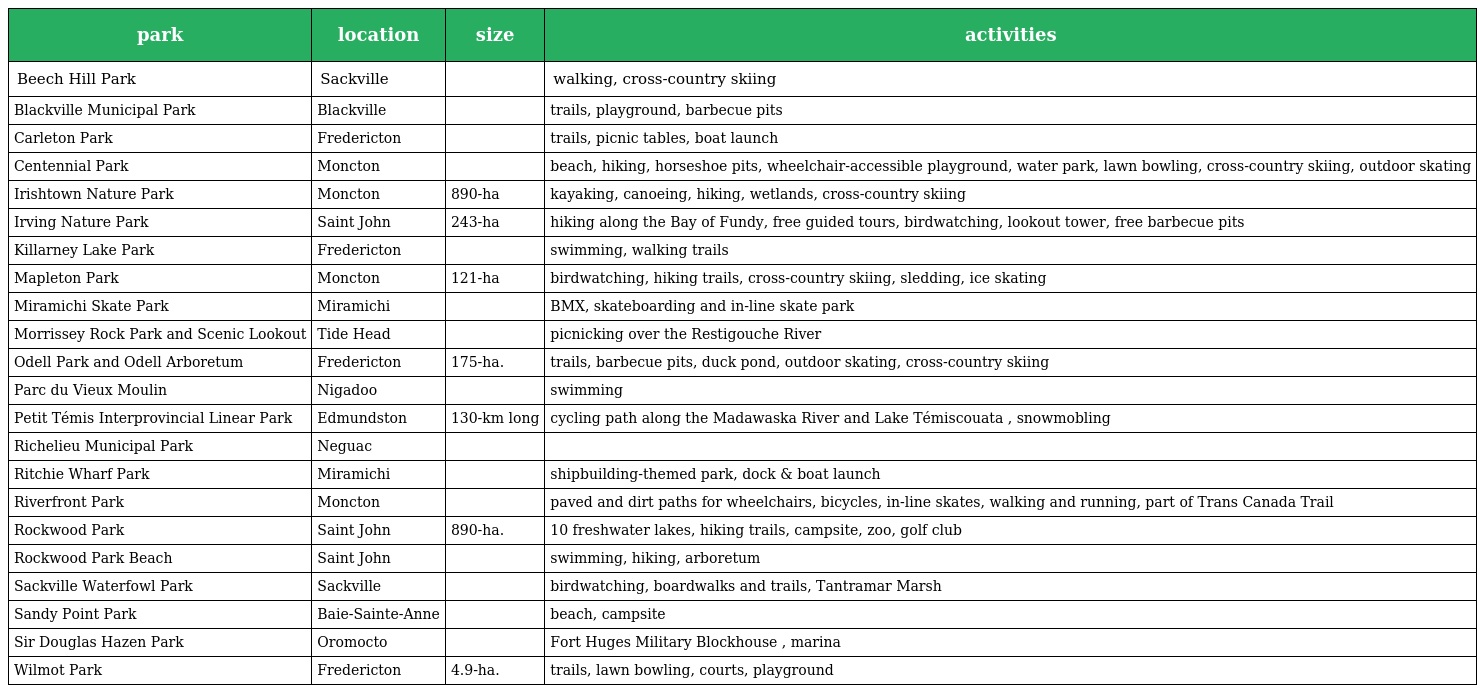
| park | location | size | activities |
 | --- | --- | --- | --- |
 | Beech Hill Park | Sackville |  | walking, cross-country skiing |
 | Blackville Municipal Park | Blackville |  | trails, playground, barbecue pits |
 | Carleton Park | Fredericton |  | trails, picnic tables, boat launch |
 | Centennial Park | Moncton |  | beach, hiking, horseshoe pits, wheelchair-accessible playground, water park, lawn bowling, cross-country skiing, outdoor skating |
 | Irishtown Nature Park | Moncton | 890-ha | kayaking, canoeing, hiking, wetlands, cross-country skiing |
 | Irving Nature Park | Saint John | 243-ha | hiking along the Bay of Fundy, free guided tours, birdwatching, lookout tower, free barbecue pits |
 | Killarney Lake Park | Fredericton |  | swimming, walking trails |
 | Mapleton Park | Moncton | 121-ha | birdwatching, hiking trails, cross-country skiing, sledding, ice skating |
 | Miramichi Skate Park | Miramichi |  | BMX, skateboarding and in-line skate park |
 | Morrissey Rock Park and Scenic Lookout | Tide Head |  | picnicking over the Restigouche River |
 | Odell Park and Odell Arboretum | Fredericton | 175-ha. | trails, barbecue pits, duck pond, outdoor skating, cross-country skiing |
 | Parc du Vieux Moulin | Nigadoo |  | swimming |
 | Petit Témis Interprovincial Linear Park | Edmundston | 130-km long | cycling path along the Madawaska River and Lake Témiscouata , snowmobling |
 | Richelieu Municipal Park | Neguac |  |  |
 | Ritchie Wharf Park | Miramichi |  | shipbuilding-themed park, dock & boat launch |
 | Riverfront Park | Moncton |  | paved and dirt paths for wheelchairs, bicycles, in-line skates, walking and running, part of Trans Canada Trail |
 | Rockwood Park | Saint John | 890-ha. | 10 freshwater lakes, hiking trails, campsite, zoo, golf club |
 | Rockwood Park Beach | Saint John |  | swimming, hiking, arboretum |
 | Sackville Waterfowl Park | Sackville |  | birdwatching, boardwalks and trails, Tantramar Marsh |
 | Sandy Point Park | Baie-Sainte-Anne |  | beach, campsite |
 | Sir Douglas Hazen Park | Oromocto |  | Fort Huges Military Blockhouse , marina |
 | Wilmot Park | Fredericton | 4.9-ha. | trails, lawn bowling, courts, playground |